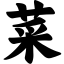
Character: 菜